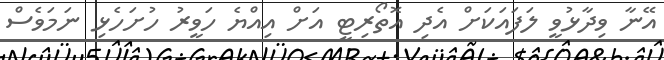
އޭނާ ވިދާޅުވީ ލަފައަކަށް އެދި އޮތޯރިޓީ އަށް އިއްޔެ ހަވީރު ހުށަހެޅި ނަމަވެސް